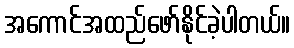
အကောင်အထည်ဖော်နိုင်ခဲ့ပါတယ်။